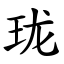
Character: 珑